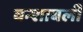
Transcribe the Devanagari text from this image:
वन्शाबली